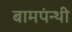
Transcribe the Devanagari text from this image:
बामपंन्थी